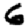
Digit: 6